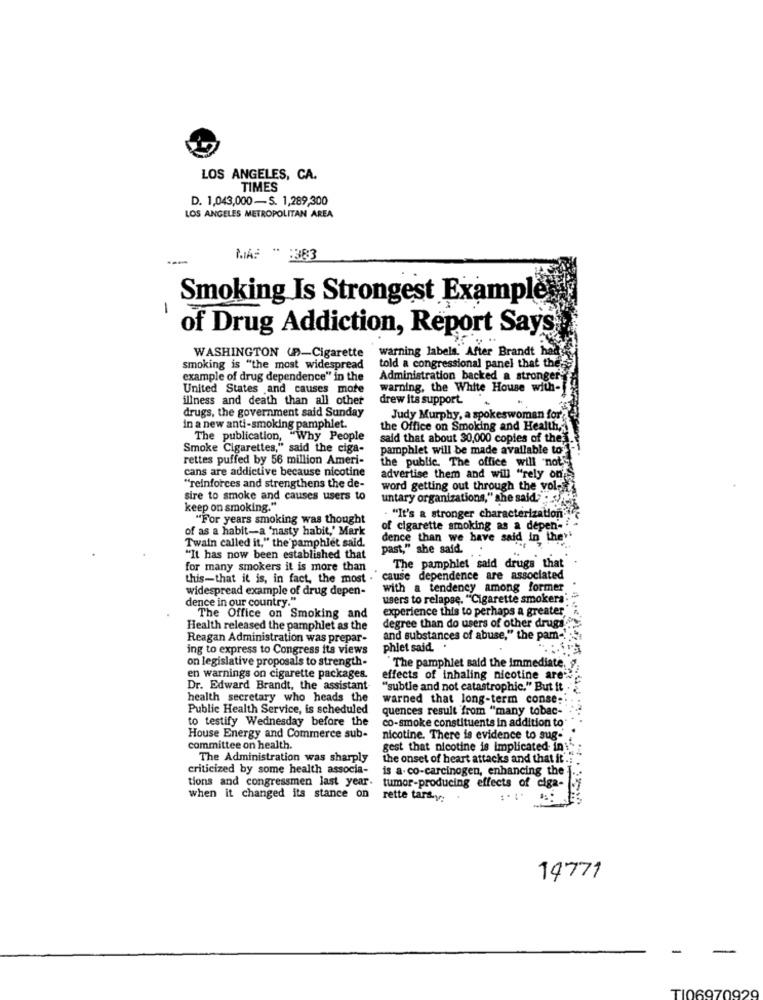
LOS ANGELES, CA.
TIMES
D. 1,043,000-S. 1,289,300
LOS ANGELES METROPOLITAN AREA
MAS " :383
Smoking Is Strongest Example
-
of Drug Addiction, Report Says
warning labels. After Brandt h
WASHINGTON (P-Cigarette
smoking is "the most widespread
told a congressional panel that the
example of drug dependence" in the
Administration backed a stronger
United States and causes mote
warning, the White House with-
illness and death than all other
drew its support.
drugs, the government said Sunday
Judy Murphy, a spokeswoman for
in a new anti-smoking pamphlet.
the Office on Smoking and Health,
The publication, "Why People
said that about 30,000 copies of the.
Smoke Cigarettes," said the ciga-
pamphlet will be made available to
rettes puffed by 56 million Ameri-
cans are addictive because nicotine
the public. The office will noty
advertise them and will "rely on'S
"reinforces and strengthens the de-
word getting out through the vol.
sire to smoke and causes users to
untary organizations," she said."
keep on smoking."
. "It's a stronger characterization""
"For years smoking was thought
of as a habit-a 'nasty habit,' Mark
of cigarette smoking as a depen-
dence than we have said in they
Twain called it," the pamphlet said.
past," she said. .
"It has now been established that
for many smokers it is more than
The pamphlet said drugs that
this-that it is, in fact, the most .
cause dependence are associated
widespread example of drug depen-
with a tendency among former
dence in our country."
users to relapse. "Cigarette smokera" ""
experience this to perhaps a greater,"
The Office on Smoking and
Health released the pamphlet as the
degree than do users of other drugs.
Reagan Administration was prepar-
and substances of abuse," the pam -! "
ing to express to Congress its views
phlet said. .
on legislative proposals to strength-
"The pamphlet said the immediate,
en warnings on cigarette packages.
effects of inhaling nicotine are'>
Dr. Edward Brandt, the assistant-
"subtle and not catastrophic." But it
health secretary who heads the
warned that long-term conse:
Public Health Service, is scheduled
quences result from "many tobac-
to testify Wednesday before the
co-smoke constituents in addition to
House Energy and Commerce sub-
nicotine. There is evidence to sug-
committee on health.
gest that nicotine is implicated in
The Administration was sharply
the onset of heart attacks and that it .:
criticized by some health associa-
is a. co-carcinogen, enhancing the
tions and congressmen last year
tumor-producing effects of ciga-
when it changed its stance on
rette tars-y:
14771
TIO6C